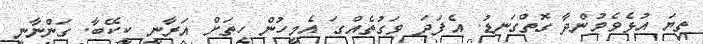
ތިޔަ އުޅެވެމުންދާ ގޮތްގަނޑު. އެފަދަ ވަގުތެއްގަ އެމީހުން ހިތަށް އަރާނީ ކީކޭބާ. ގަންނާނީ